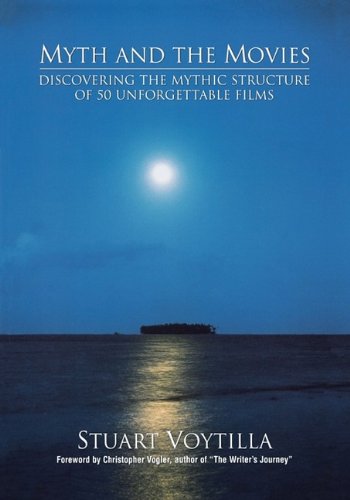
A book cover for Myth & the Movies: Discovering the Myth Structure of 50 Unforgettable Films; Stuart Voytilla; Humor & Entertainment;